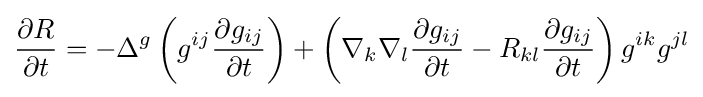
{\frac {\partial R}{\partial t}}=-\Delta ^{g}\left(g^{ij}{\frac {\partial g_{ij}}{\partial t}}\right)+\left(\nabla _{k}\nabla _{l}{\frac {\partial g_{ij}}{\partial t}}-R_{kl}{\frac {\partial g_{ij}}{\partial t}}\right)g^{ik}g^{jl}